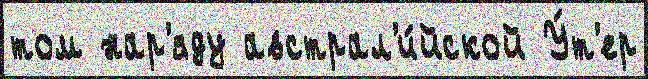
том нар'яду австрал'и́йской У́т'ер